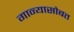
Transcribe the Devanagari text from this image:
गान्यासोबत